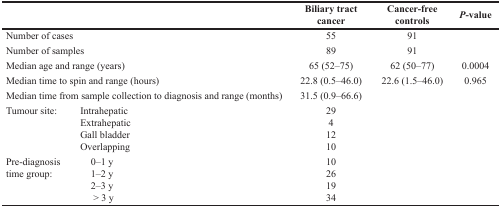
<table><thead><tr><td colspan="2"></td><td><b>Biliary tract cancer</b></td><td><b>Cancer-free controls</b></td><td><b><i>P</i>-value</b></td></tr></thead><tbody><tr><td colspan="2">Number of cases</td><td>55</td><td>91</td><td></td></tr><tr><td colspan="2">Number of samples</td><td>89</td><td>91</td><td></td></tr><tr><td colspan="2">Median age and range (years)</td><td>65 (52–75)</td><td>62 (50–77)</td><td>0.0004</td></tr><tr><td colspan="2">Median time to spin and range (hours)</td><td>22.8 (0.5–46.0)</td><td>22.6 (1.5–46.0)</td><td>0.965</td></tr><tr><td colspan="2">Median time from sample collection to diagnosis and range (months)</td><td>31.5 (0.9–66.6)</td><td></td><td></td></tr><tr><td rowspan="4">Tumour site:</td><td>Intrahepatic</td><td>29</td><td rowspan="4"></td><td rowspan="4"></td></tr><tr><td>Extrahepatic</td><td>4</td></tr><tr><td>Gall bladder</td><td>12</td></tr><tr><td>Overlapping</td><td>10</td></tr><tr><td rowspan="4">Pre-diagnosis time group:</td><td>0–1 y</td><td>10</td><td rowspan="4"></td><td rowspan="4"></td></tr><tr><td>1–2 y</td><td>26</td></tr><tr><td>2–3 y</td><td>19</td></tr><tr><td>&gt; 3 y</td><td>34</td></tr></tbody></table>